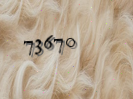
73670